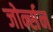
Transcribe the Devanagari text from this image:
जोर्न्सन